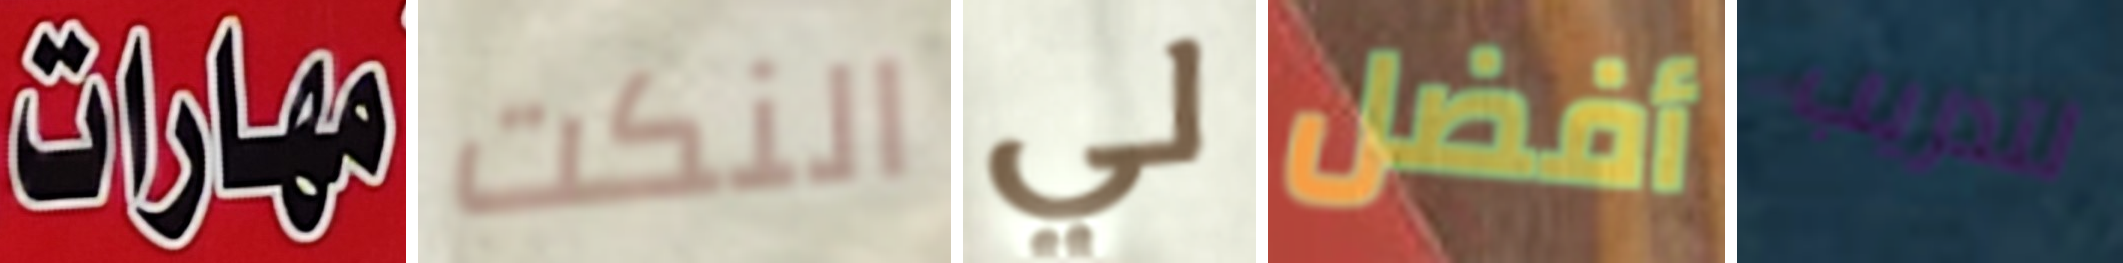
مهارات النكت لي أفضل لتدريب